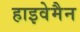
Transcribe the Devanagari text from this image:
हाइवेमैन